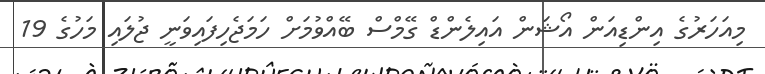
މިއަހަރުގެ އިންޑިއަން އޯޝަން އައިލެންޑް ގޭމްސް ބޭއްވުމަށް ހަމަޖެހިފައިވަނީ ޖުލައި މަހުގެ 19